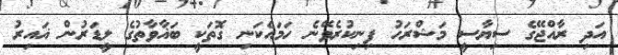
އަދި ރާއްޖޭގެ ސިޔާސީ މަޝްރަހު ފިނިކުރެވޭނެ ހަމައެކަނި ގޮތަކީ ބަޣާވާތުގެ ލީޑަރުން ޣައިރު